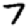
Digit: 7